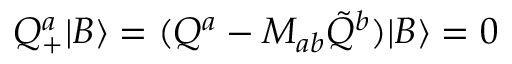
Q _ { + } ^ { a } | B \rangle = ( Q ^ { a } - M _ { a b } \tilde { Q } ^ { b } ) | B \rangle = 0